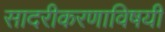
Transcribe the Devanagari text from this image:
सादरीकरणाविषयी